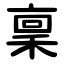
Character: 稟